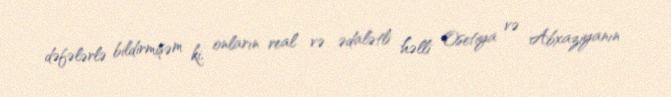
dəfələrlə bildirmişəm ki, onların real və ədalətli həlli Osetiya və Abxaziyanın